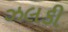
ઝલકી